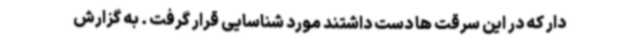
دار که در این سرقت ها دست داشتند مورد شناسایی قرار گرفت . به گزارش